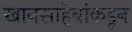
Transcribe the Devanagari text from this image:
खानसाहेबांकडून